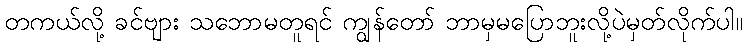
တကယ်လို့ ခင်ဗျား သဘောမတူရင် ကျွန်တော် ဘာမှမပြောဘူးလို့ပဲမှတ်လိုက်ပါ။